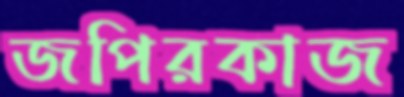
জপিরকাজ